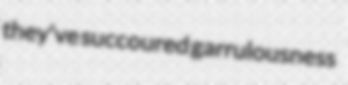
they've succoured garrulousness